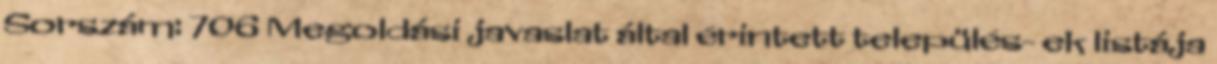
Sorszám: 706 Megoldási javaslat által érintett település- ek listája